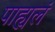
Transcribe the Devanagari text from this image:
पाह्यलं